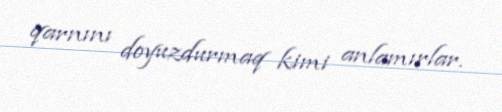
qarnını doyuzdurmaq kimi anlamırlar.